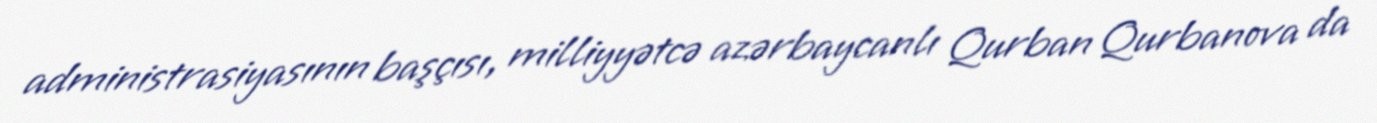
administrasiyasının başçısı, milliyyətcə azərbaycanlı Qurban Qurbanova da